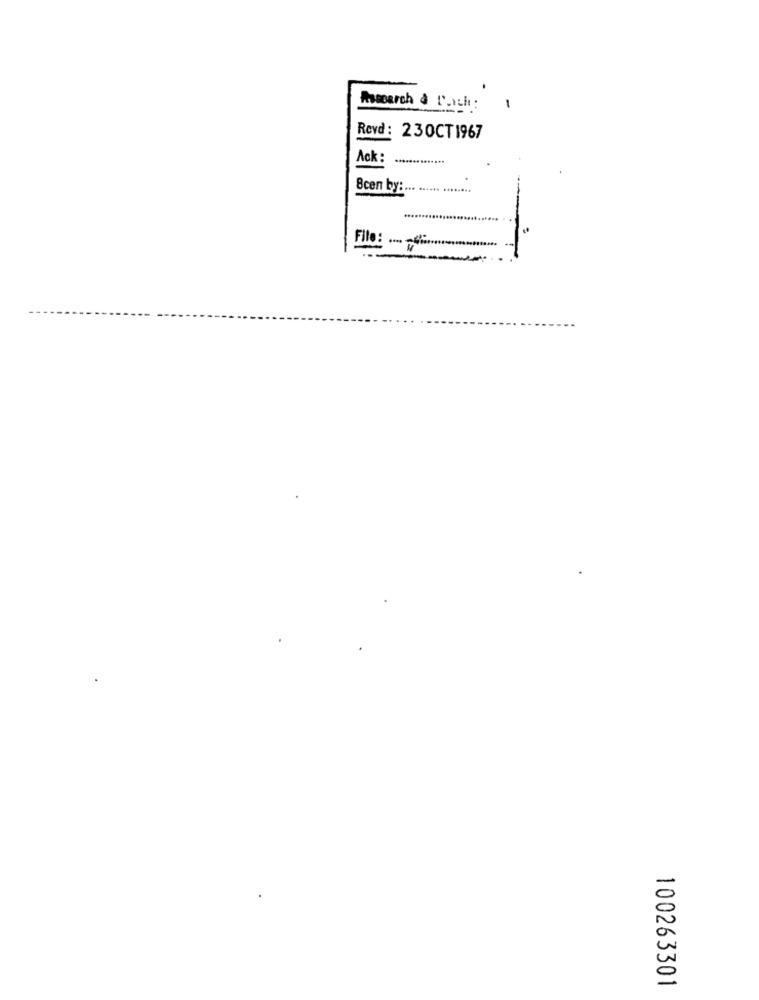
Asecarch & P.ich:
1
Revd: 230CT1967
Ack:
8cen by: ... ...... ........
File:
100263301